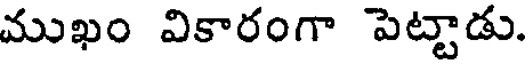
ముఖం వికారంగా పెట్టాడు.